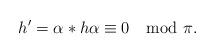
LaTeX: \begin{align*} h' = \alpha *h \alpha \equiv 0 \mod \pi.\end{align*}